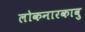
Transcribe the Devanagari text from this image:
लोकनारकावु